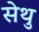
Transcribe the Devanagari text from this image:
सेथु